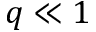
q \ll 1